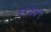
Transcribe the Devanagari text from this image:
११३४९